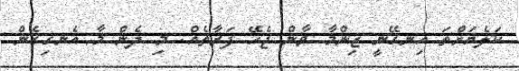
ކަލެޔަށްތަ އިނގޭނީ ޒިންމާ ވާން ޖެހޭ ފަރާތެއް. މި ދެން މާ އެނގިގެން